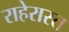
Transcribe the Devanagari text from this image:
राहेरास्त